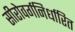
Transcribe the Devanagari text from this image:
सीरोवर्गनिर्धारित